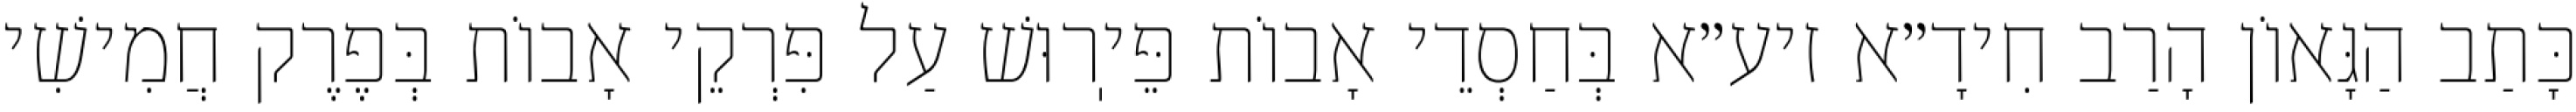
כָּתַב הַגָּאוֹן הָרַב חִידָ״א זיע״א בְּחַסְדֵי אָבוֹת פֵּיֽרוּשׁ עַל פִּרְקֵי אָבוֹת בְּפֶרֶק חֲמִישִׁי